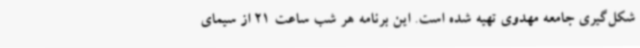
شکل‌گیری جامعه مهدوی تهیه شده است. این برنامه هر شب ساعت 21 از سیمای